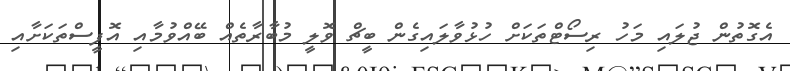
އެގޮތުން ޖުލައި މަހު ރިސޯޓްތަކަށް ހުޅުވާލައިގެން ބީޗް ވޮލީ މުބާރާތެއް ބޭއްވުމާއި އޮފީސްތަކަށާއި